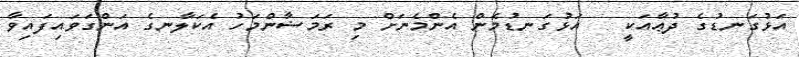
އަޅުގަނޑުގެ ދުޢާއަކީ   އަޅުގަނޑުމެން އެންމެނަށް މި ރަމަޟާންމަހު އެކަލާނގެ އަންގަވައިފައިވާ